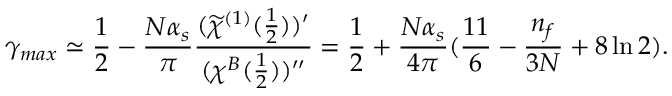
\gamma _ { m a x } \simeq \frac { 1 } { 2 } - \frac { N \alpha _ { s } } { \pi } \frac { ( \widetilde { \chi } ^ { ( 1 ) } ( \frac { 1 } { 2 } ) ) ^ { \prime } } { ( \chi ^ { B } ( \frac { 1 } { 2 } ) ) ^ { \prime \prime } } = \frac { 1 } { 2 } + \frac { N \alpha _ { s } } { 4 \pi } ( \frac { 1 1 } { 6 } - \frac { n _ { f } } { 3 N } + 8 \ln 2 ) .